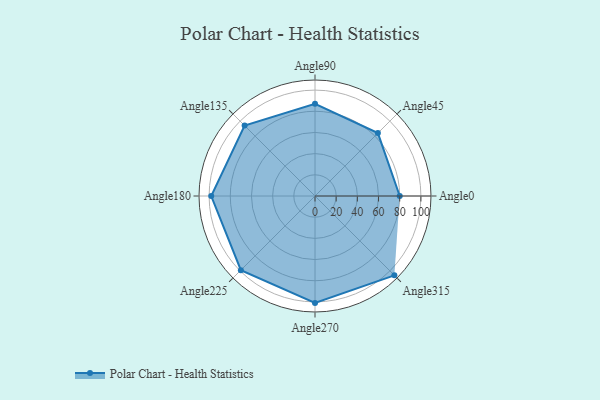
{"axis": {"x": "Angle", "y": "Radius"}, "legend": [""], "data": [{"x": "Angle0", "y": 80.0, "type": ""}, {"x": "Angle45", "y": 84.0, "type": ""}, {"x": "Angle90", "y": 87.0, "type": ""}, {"x": "Angle135", "y": 94.0, "type": ""}, {"x": "Angle180", "y": 98.0, "type": ""}, {"x": "Angle225", "y": 99.0, "type": ""}, {"x": "Angle270", "y": 101.0, "type": ""}, {"x": "Angle315", "y": 106.0, "type": ""}]}